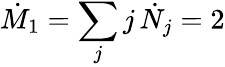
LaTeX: \dot{M}_{1}=\sum_{j}j\, \dot{N}_{j}=2